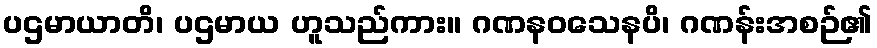
ပဌမာယာတိ၊ ပဌမာယ ဟူသည်ကား။ ဂဏနဝသေနပိ၊ ဂဏန်းအစဉ်၏